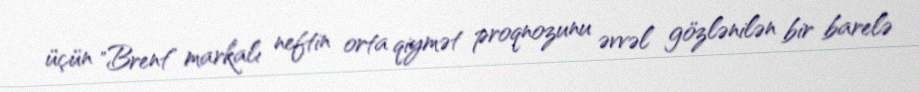
üçün "Brent" markalı neftin orta qiymət proqnozunu əvvəl gözlənilən bir barelə